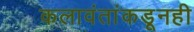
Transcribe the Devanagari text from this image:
कलावंतांकडूनही